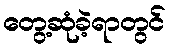
တွေ့ဆုံခဲ့ရာတွင်